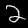
Digit: 2